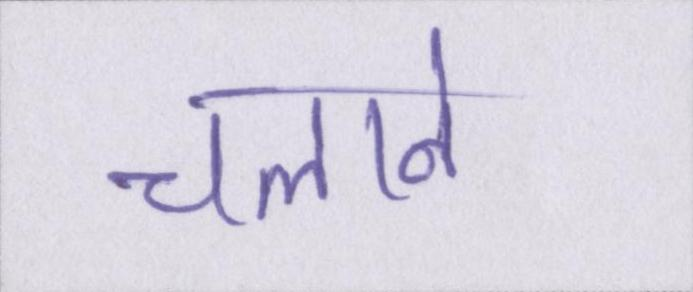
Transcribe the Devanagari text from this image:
चलाने